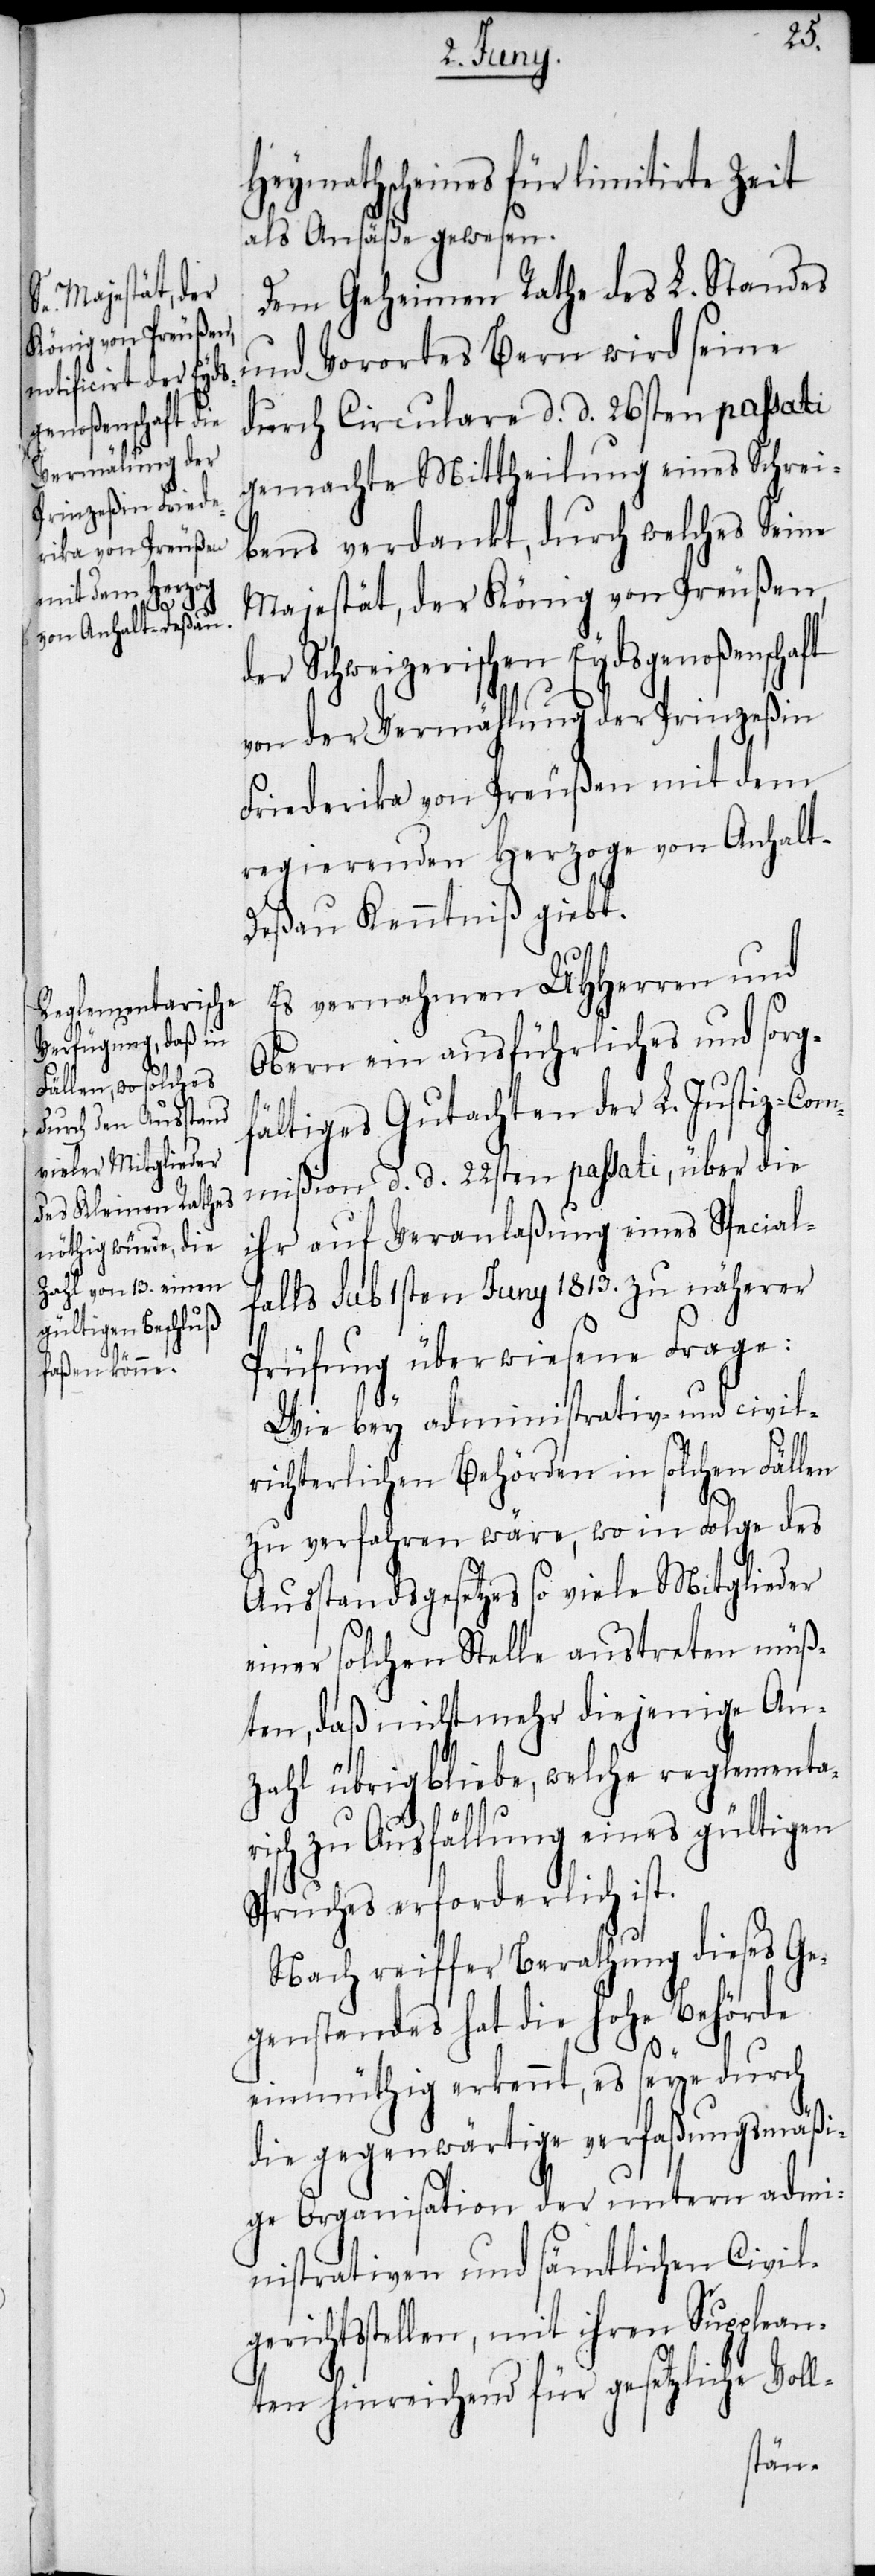
ge¬

Heymathscheines für limitirte Zeit
als Ansäße gewesen.
Dem Geheimen Rathe des L. Standes
und Vorortes Bern wird seine
durch Circulare d. d. 26sten passati
gemachte Mittheilung eines Schrei¬
bens verdankt, durch welches Seine
Majestät, der König von Preußen,
der Schweizerischen Eydsgenoßenschaft
von der Vermählung der Prinzeßin
Friederika von Preußen mit dem
regierenden Herzoge von Anhalt-D¬
eßau Kenntniß giebt.
Es vernahmen UHHerren und
Obern ein ausführliches und sorg¬
fältiges Gutachten der L. Justiz-Com¬
mißion d. d. 22sten passati, über die
ihr auf Veranlaßung eines Special¬
falls sub 1sten Juny 1813. zu näherer
Prüfung überwiesene Frage:
Wie bey administrativ- und civil¬
richterlichen Behörden in solchen Fällen
zu verfahren wäre, wo in Folge des
Ausstandsgesetzes so viele Mitglieder
einer solchen Stelle austreten müß¬
ten, daß nicht mehr diejenige An¬
zahl übrigbliebe, welche reglementar¬
isch zu Ausfällung eines gültigen
Spruches erforderlich ist.
Nach reiffer Berathung dieses Ge¬
genstandes hat die hohe Behörde
einmüthig erkennt, es seye durch
die gegenwärtige verfaßungsmäßi¬
ge Organisation der untern adm¬
inistrativen und sämtlichen Civil¬
richtsstellen, mit ihren Supplean¬
ten hinreichend für gesetzliche Voll-